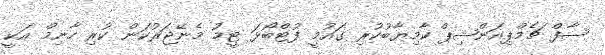
ސާފް ޗެމްޕިއަންޝިޕް ކާމިޔާބުކުރި ގައުމީ ފުޓްބޯޅަ ޓީމު މެނޭޖަރުކަން ކުރި ހާނިމް އަކީ